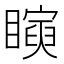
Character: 𥋰